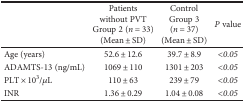
<table><thead><tr><td></td><td><b>Patients without PVTGroup 2 (<i>n</i> = 33)(Mean ± SD)</b></td><td><b>ControlGroup 3 (<i>n</i> = 37)(Mean ± SD)</b></td><td><b><i>P</i> value</b></td></tr></thead><tbody><tr><td>Age (years)</td><td>52.6 ± 12.6</td><td>39.7 ± 8.9</td><td><i>&lt;0.05</i></td></tr><tr><td>ADAMTS-13 (ng/mL)</td><td>1069 ± 110</td><td>1301 ± 203</td><td><i>&lt;0.05</i></td></tr><tr><td>PLT × 10<sup>3</sup>/<i>μ</i>L</td><td>110 ± 63</td><td>239 ± 79</td><td><i>&lt;0.05</i></td></tr><tr><td>INR</td><td>1.36 ± 0.29</td><td>1.04 ± 0.08</td><td><i>&lt;0.05</i></td></tr></tbody></table>